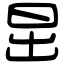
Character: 𣅽